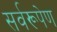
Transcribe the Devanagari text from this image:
सर्वरूपेण